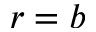
r = b